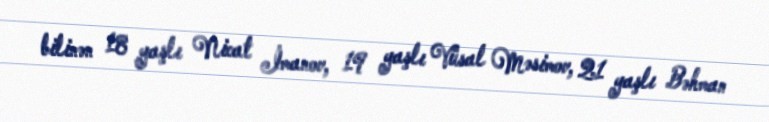
bilinən 18 yaşlı Nicat İmanov, 19 yaşlı Vüsal Məsimov, 21 yaşlı Bəhman